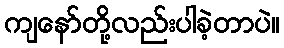
ကျနော်တို့လည်းပါခဲ့တာပဲ။